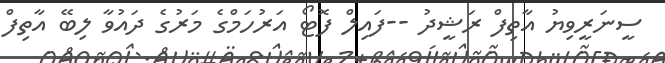
ސީނަރީވިޔު އާތިފް ރަޝީދު --ފައިލް ފޮޓޯ އަރުހަމްގެ މަރުގެ ދައުވާ ލިބޭ އާތިފް